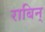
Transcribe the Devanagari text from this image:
राबिन्‌